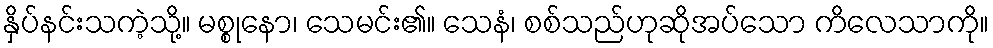
နှိပ်နင်းသကဲ့သို့။ မစ္စုနော၊ သေမင်း၏။ သေနံ၊ စစ်သည်ဟုဆိုအပ်သော ကိလေသာကို။